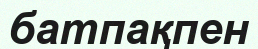
батпақпен